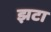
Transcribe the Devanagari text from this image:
झटा